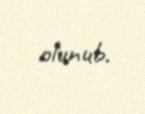
olunub.